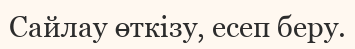
Сайлау өткізу, есеп беру.